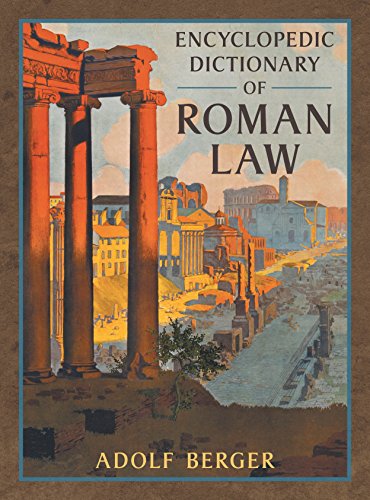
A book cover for Encyclopedic Dictionary of Roman Law (Transactions of the American Philosophical Society, New Ser., V. 43, Pt. 2.) (Middlebury Bicentennial Series in Environmental Studies); Adolf Berger; Law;